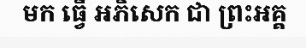
មក ធ្វើ ឣភិសេក ជា ព្រះឣគ្គ